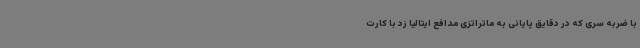
با ضربه سری که در دقایق پایانی به ماتراتزی مدافع ایتالیا زد با کارت